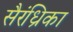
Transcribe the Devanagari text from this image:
सैरंध्रिका